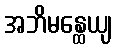
အဘိမန္ထေယျ